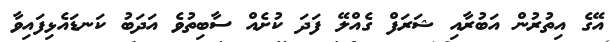
އޭގެ އިތުރުން އަބުރާއި ޝަރަފް ގެއްލޭ ފަދަ ކުށެއް ސާބިތުވެ އަދަބު ކަނޑައެޅިފައިވާ